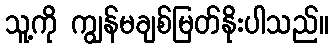
သူ့ကို ကျွန်မချစ်မြတ်နိုးပါသည်။